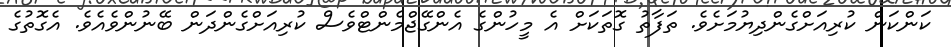
ކަންކަން ކުރިއަށްގެންދިޔުމަށެވެ. ތަފާތު ގޮތަކަށް އެ މީހުންގެ އެންގޭޖްމެންޓްވެސް ކުރިއަށްގެންދަން ބޭނުންވެއެެވެ. އެގޮތުގެ